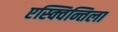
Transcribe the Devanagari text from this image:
एस्क्विन्तिला